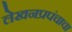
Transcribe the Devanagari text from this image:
लेखनप्रपंचाचा